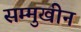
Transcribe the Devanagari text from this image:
सम्मुखीन